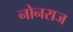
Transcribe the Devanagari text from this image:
नोनराज